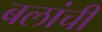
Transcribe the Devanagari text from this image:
बलांची